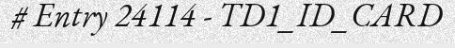
# Entry 24114 - TD1_ID_CARD